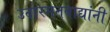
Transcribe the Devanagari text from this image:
उदारमतवाद्यांनी